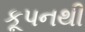
કૂપનથી